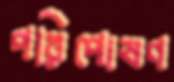
পরিপোষণ